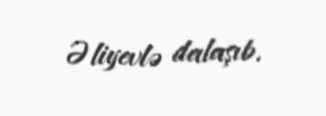
Əliyevlə dalaşıb.